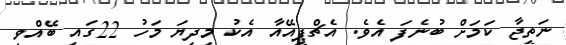
ނަތީޖާ ކަމަށް ބުނެފަ އެވެ. އެޗްޕީއޭއާ އެކު މިދިޔަ މަހު 22ގައި ބޭއްވި